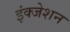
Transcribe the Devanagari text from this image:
इंक्जेशन